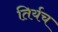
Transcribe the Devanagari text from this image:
तिर्यच